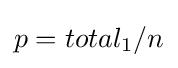
p=total_{1}/n